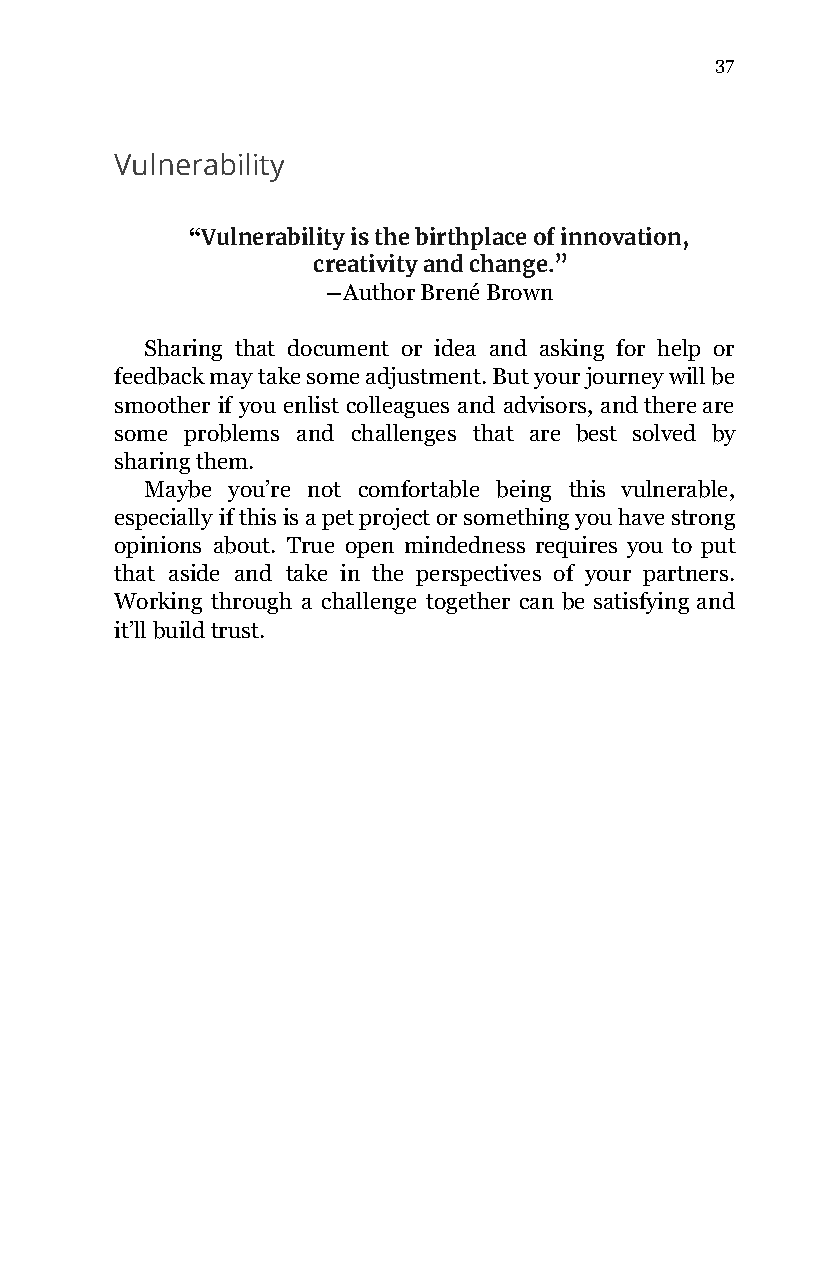
37
 Vulnerability
 “Vulnerability is the birthplace of innovation,
 ​
 creativity and change.”
 ―Author Brené Brown
 Sharing that document or idea and asking for help or
 feedback may take some adjustment. But your journey will be
 smoother if you enlist colleagues and advisors, and there are
 some problems and challenges that are best solved by
 sharing them.
 Maybe you’re not comfortable being this vulnerable,
 especially if this is a pet project or something you have strong
 opinions about. True open mindedness requires you to put
 that aside and take in the perspectives of your partners.
 Working through a challenge together can be satisfying and
 it’ll build trust.